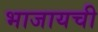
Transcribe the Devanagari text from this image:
भाजायची